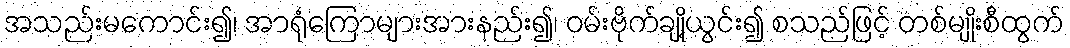
အသည်းမကောင်း၍၊ အာရုံကြောများအားနည်း၍၊ ဝမ်းဗိုက်ချို့ယွင်း၍ စသည်ဖြင့် တစ်မျိုးစီထွက်